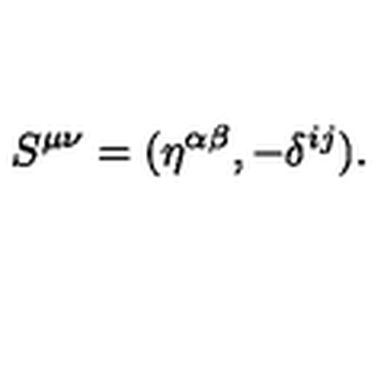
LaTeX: S ^ { \mu \nu } = ( \eta ^ { \alpha \beta } , - \delta ^ { i j } ) .